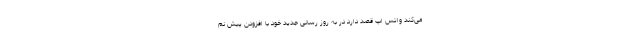
می‌کند واتس اپ قصد دارد در به روز رسانی جدید خود با افزودن پیش نم